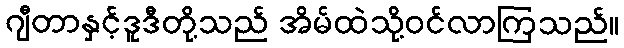
ဂျီတာနှင့်ဒူဒီတို့သည် အိမ်ထဲသို့ဝင်လာကြသည်။